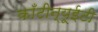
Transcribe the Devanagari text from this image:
काँटीन्यूईटी